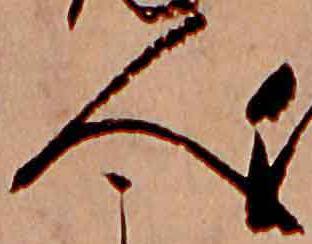
人